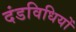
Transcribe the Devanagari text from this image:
दंडविधियों